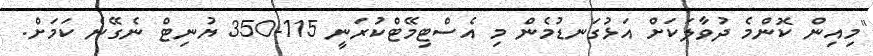
"މިއިން ކޮންމެ ދުވާލަކަށް އަޅުގަނޑުމެން މި އެސްޓިމޭޓްކުރަނީ 115-350 ޔުނިޓް ނެގޭނެ ކަމަށް.